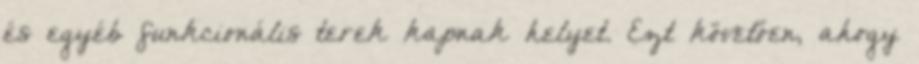
és egyéb funkcionális terek kapnak helyet. Ezt követően, ahogy